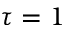
\tau = 1